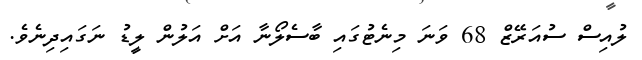
ލުއިސް ސުއަރޭޒް 68 ވަނަ މިނެޓުގައި ބާސެލޯނާ އަށް އަލުން ލީޑު ނަގައިދިނެވެ.